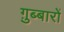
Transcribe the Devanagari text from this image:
ग़ुब्बारों